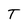
Character: T